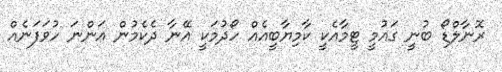
ރޮނާލްޑޯ ބުނީ ގައުމީ ޓީމާއެކީ ކާމިޔާބީއެއް ހޯދުމަކީ އޭނާ ދެކެމުން އަންނަ ހުވަފަނެއް